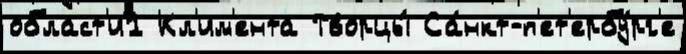
област'и1 Кл'им'ента Творцы́ Са́нкт-п'ет'ербу́рг'е